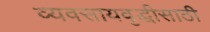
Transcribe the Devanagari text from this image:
व्यवसायवृद्धीसाठी